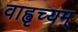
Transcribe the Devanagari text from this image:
वाह्वृच्यम्